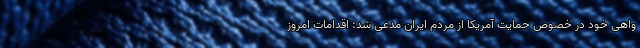
واهی خود در خصوص حمایت آمریکا از مردم ایران مدعی شد: اقدامات امروز